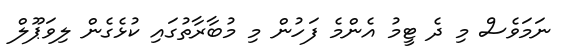
ނަމަވެސް މި ދެ ޓީމު އެންމެ ފަހުން މި މުބާރާތުގައި ކުޅެގެން ލިވަޕޫލް